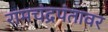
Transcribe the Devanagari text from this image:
रामचंद्रपंतावर